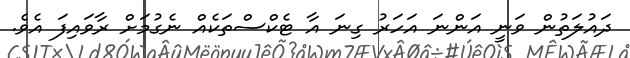
ދައުލަތުން ވަނީ އަންނަ އަހަރު ގިނަ އާ ޓެކްސްތަކެއް ނެގުމަށް ރާވައިފަ އެވެ.